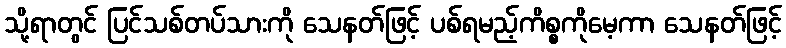
သို့ရာတွင် ပြင်သစ်တပ်သားကို သေနတ်ဖြင့် ပစ်ရမည့်ကိစ္စကိုမေ့ကာ သေနတ်ဖြင့်